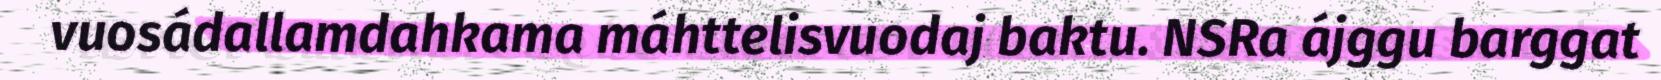
vuosádallamdahkama máhttelisvuodaj baktu. NSRa ájggu barggat